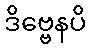
ဒိဗ္ဗေနပိ